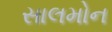
સાલમોન